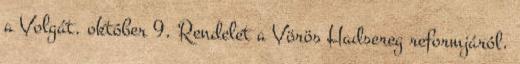
a Volgát. október 9. Rendelet a Vörös Hadsereg reformjáról.